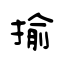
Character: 揄